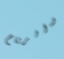
والرياح